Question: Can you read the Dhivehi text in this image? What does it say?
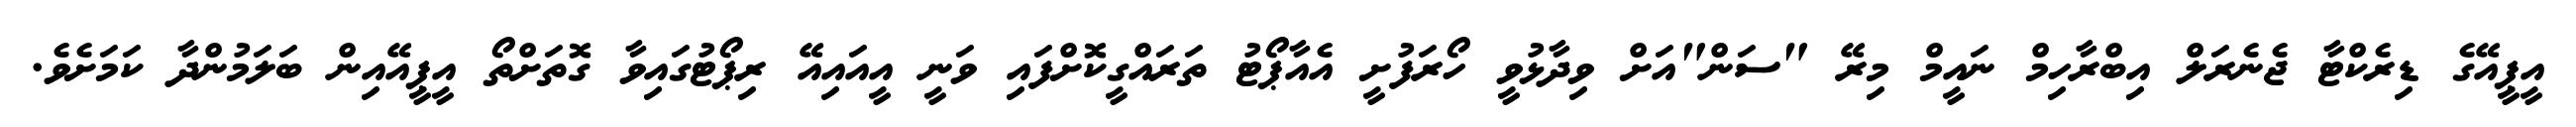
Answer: އީޕީއޭގެ ޑިރެކްޓާ ޖެނެރަލް އިބްރާހިމް ނައީމް މިރޭ "ސަން"އަށް ވިދާޅުވީ ހޯރަފުށީ އެއާޕޯޓު ތަރައްގީކޮށްފައި ވަނީ އީއައިއޭ ރިޕޯޓުގައިވާ ގޮތަށްތޯ އީޕީއޭއިން ބަލަމުންދާ ކަމަށެވެ.